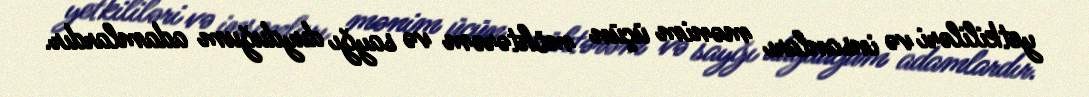
yetkililəri və insanları mənim üçün möhtərəm və sayğı duyduğum adamlardır.